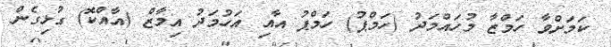
ކަމަށްވާ ހަމްޒާ މުހައްމަދު (ހަމްޕު) ހަމްޕު އާއި އަހުމަދު އިމާޒް (އާއްކޮ) ގުޅިގެން